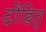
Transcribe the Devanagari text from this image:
दौहितृ